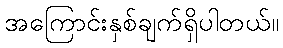
အကြောင်းနှစ်ချက်ရှိပါတယ်။